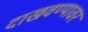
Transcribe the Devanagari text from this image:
दाखवण्यावर